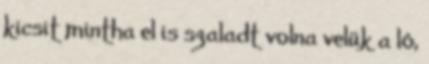
kicsit mintha el is szaladt volna velük a ló,